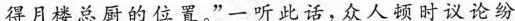
得月楼总厨的位置。”一听此话，众人顿时议论纷